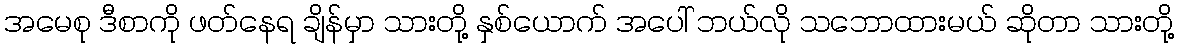
အမေစု ဒီစာကို ဖတ်နေရ ချိန်မှာ သားတို့ နှစ်ယောက် အပေါ် ဘယ်လို သဘောထားမယ် ဆိုတာ သားတို့